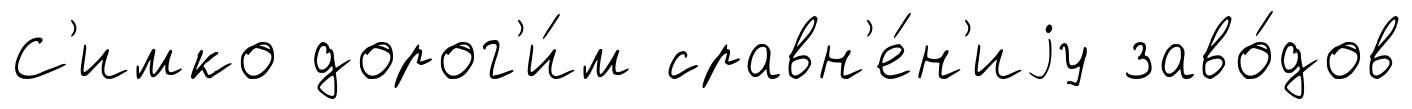
С'имко дорог'и́м сравн'е́н'иjу заво́дов